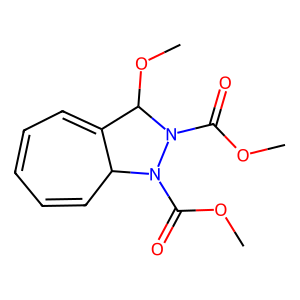
SMILES: COC(=O)N1C2C=CC=CC=C2C(OC)N1C(=O)OC
Inhibits HIV replication: No